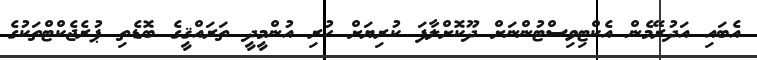
އެބައި އަދުރޭމެން އެކްޓިވިސްޓުންނަށް ދޫކޮށްލާފަ ކުރިޔަށް ހުރި އުންމީދީ ތަރައްޤީގެ ބޮޑެތި ޕުރެޖެކްޓްތަކުގެ